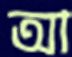
আ